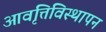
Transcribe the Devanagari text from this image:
आवृत्तिविस्थापन